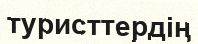
туристтердің